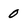
Character: 0